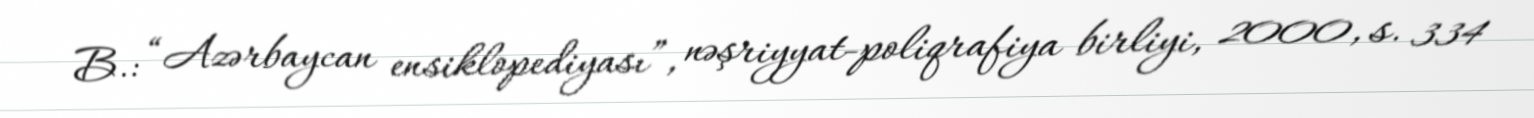
B.: “Azərbaycan ensiklopediyası”, nəşriyyat-poliqrafiya birliyi, 2000, s. 334